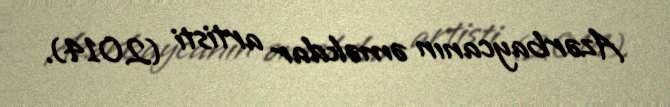
Azərbaycanın əməkdar artisti (2014).